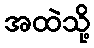
အထဲသို့